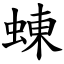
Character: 蝀